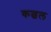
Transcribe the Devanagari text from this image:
कल्चल